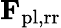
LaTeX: \mathbf{F}_{\mathrm{pl,rr}}